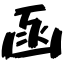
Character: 函